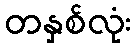
တနှစ်လုံး